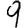
Digit: 9